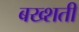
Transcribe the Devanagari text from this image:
बख्शती